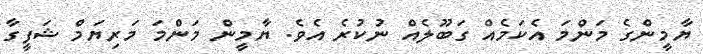
ޔާމީންގެ މަންމަ އެކަމެއް ގަބޫލެއް ނުކުރެ އެވެ. ޔާމީން މަންމަ މަރިޔަމް ޝަފީގާ